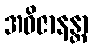
အဝိဇာနန္တာ